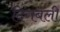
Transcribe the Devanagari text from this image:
दिगबली